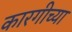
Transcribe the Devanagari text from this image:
कारगीच्या